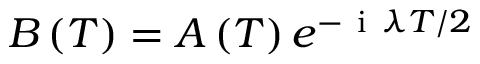
B \left( T \right) = A \left( T \right) e ^ { - \mathrm { ~ i ~ } \lambda T / 2 }